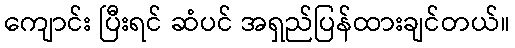
ကျောင်း ပြီးရင် ဆံပင် အရှည်ပြန်ထားချင်တယ်။